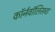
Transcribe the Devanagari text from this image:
कॉर्नवॉलिसचा